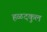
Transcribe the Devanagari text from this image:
हळदकुल